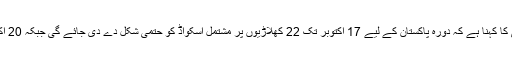
اس سلسلے میں سری لنکن کرکٹ بورڈ کی سلیکشن کمیٹی کا کہنا ہے کہ دورہ پاکستان کے لیے 17 اکتوبر تک 22 کھلاڑیوں پر مشتمل اسکواڈ کو حتمی شکل دے دی جائے گی جبکہ 20 اکتوبر کو 15 رکنی حتمی اسکواڈ کا اعلان کردیا جائے گا۔